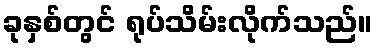
ခုနှစ်တွင် ရုပ်သိမ်းလိုက်သည်။